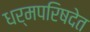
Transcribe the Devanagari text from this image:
धर्मपरिषदेत